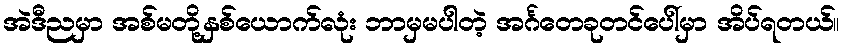
အဲဒီညမှာ အစ်မတို့နှစ်ယောက်လုံး ဘာမှမပါတဲ့ အင်္ဂတေခုတင်ပေါ်မှာ အိပ်ရတယ်။